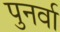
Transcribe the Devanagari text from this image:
पुनर्वा